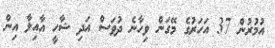
އުމުރުން 37 އަހަރުގެ މޭގަން ވިހާނެ ދުވަސް އަދި ޝާހީ އާއިލާ އިން